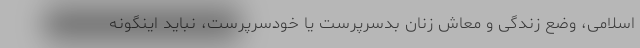
اسلامی، وضع زندگی و معاشِ زنان بدسرپرست یا خودسرپرست، نباید اینگونه